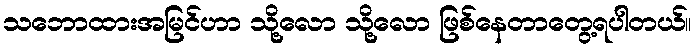
သဘောထားအမြင်ဟာ သို့လော သို့လော ဖြစ်နေတာတွေ့ရပါတယ်။